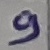
Text: 9